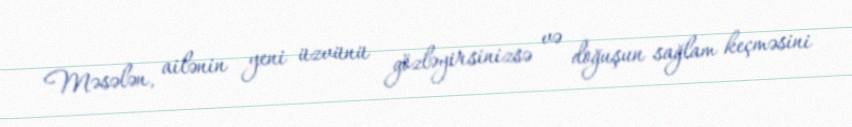
Məsələn, ailənin yeni üzvünü gözləyirsinizsə və doğuşun sağlam keçməsini